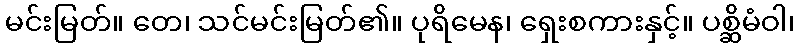
မင်းမြတ်။ တေ၊ သင်မင်းမြတ်၏။ ပုရိမေန၊ ရှေးစကားနှင့်။ ပစ္ဆိမံဝါ၊